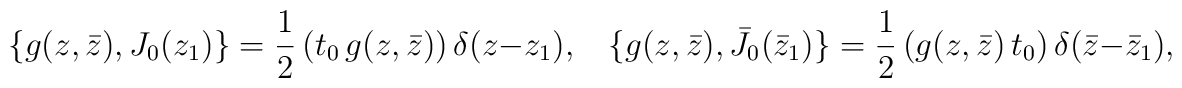
\{ g(z,\bar z),J_0(z_1)\}=\frac{1}{2}\,(t_0\,g(z,\bar z))\,\delta(z-z_1),~~~~\{ g(z,\bar z),\bar J_0(\bar z_1)\}=\frac{1}{2}\,(g(z,\bar z)\,t_0)\,\delta(\bar z-\bar z_1),